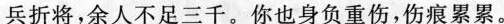
兵折将，余人不足三千。你也身负重伤，伤痕累累。